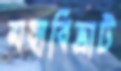
মহাবিভ্রাট